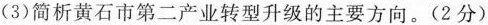
(3)简析黄石市第二产业转型升级的主要方向。(2分)